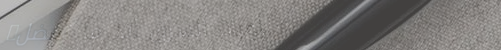
حلويات الشرق ألذ ما تفضل.